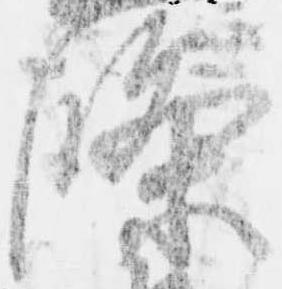
条